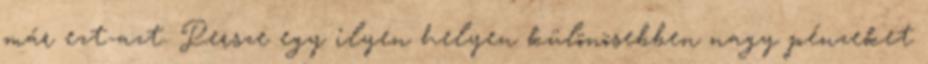
már ezt-azt. Persze egy ilyen helyen különösebben nagy pénzeket